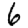
Digit: 6